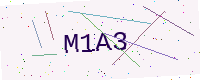
Text: M1A3